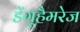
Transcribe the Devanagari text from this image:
डेंगूहैमरेज